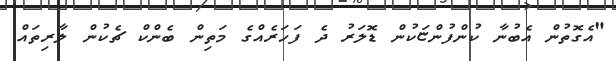
"އެގޮތުން އެބުނާ ކުންފުންޏަކުން ޑޮލަރު ދެ ފަހަރެއްގެ މަތިން ބެންކް ޗެކުން ލާރިތައް